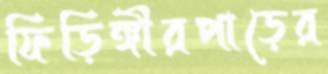
ফিড়িঙ্গীরপাড়ের